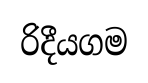
රිදීයගම